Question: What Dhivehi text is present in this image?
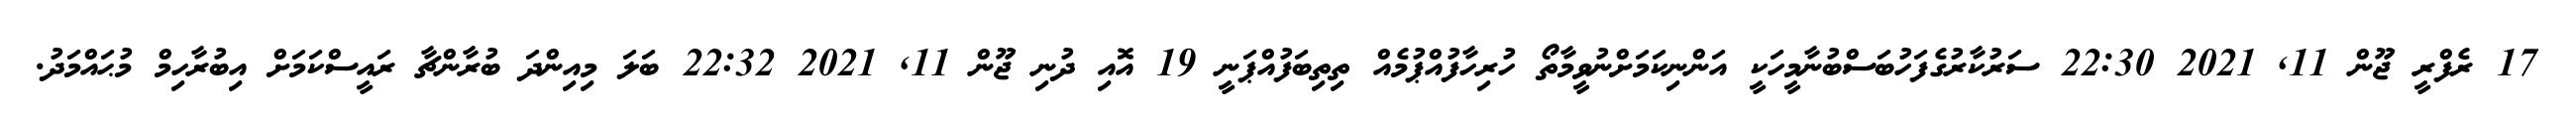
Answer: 17 ރެފްރީ ޖޫން 11, 2021 22:30 ސަރުކާރުގެފަހުބަސްބުނާމީހަކީ އަންނިކަމަށްނުވީމާތޯ ހުރިހާފުއްޕުމެއް ތިތިބަފުއްޕަނީ 19 އޮއި ދުނި ޖޫން 11, 2021 22:32 ބަލަ މިއިންދަ ބުރާންޗާ ރައީސްކަމަށް އިބުރާހިމް މުޙައްމަދު.